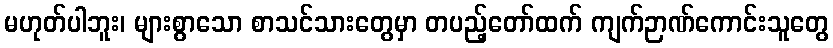
မဟုတ်ပါဘူး၊ များစွာသော စာသင်သားတွေမှာ တပည့်တော်ထက် ကျက်ဉာဏ်ကောင်းသူတွေ